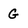
Character: G